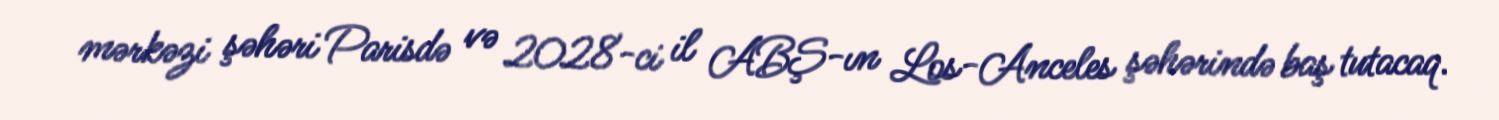
mərkəzi şəhəri Parisdə və 2028-ci il ABŞ-ın Los-Anceles şəhərində baş tutacaq.